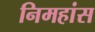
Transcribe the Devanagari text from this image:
निमहांस